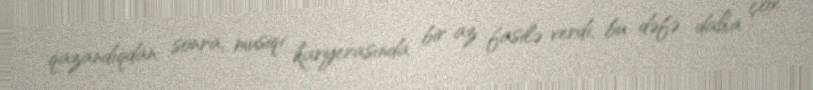
qazandıqdan sonra, musiqi karyerasında bir az fasilə verdi, bu dəfə daha çox